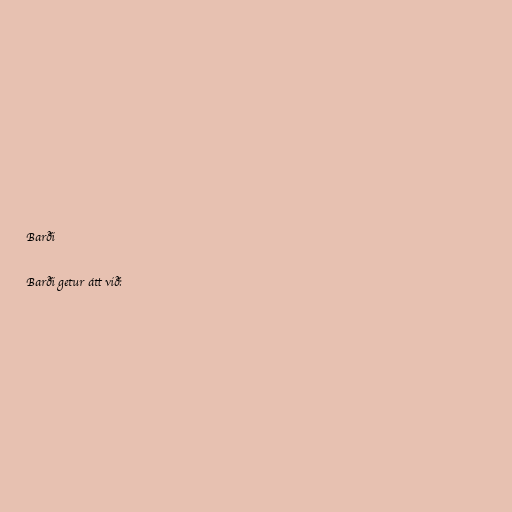
Barði

Barði getur átt við: